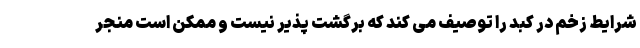
شرایط زخم در کبد را توصیف می کند که برگشت پذیر نیست و ممکن است منجر